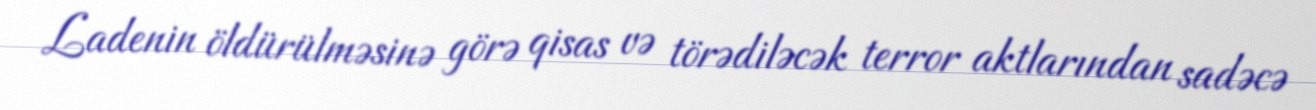
Ladenin öldürülməsinə görə qisas və törədiləcək terror aktlarından sadəcə